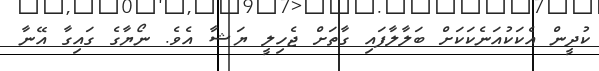
ކުދީން އެކަކުއަނެކަކަށް ބަލާލާފައި ގާތަށް ޖެހިލީ ޔަޝާ އެވެ. ނޯޔާގެ ގައިގާ އޭނާ